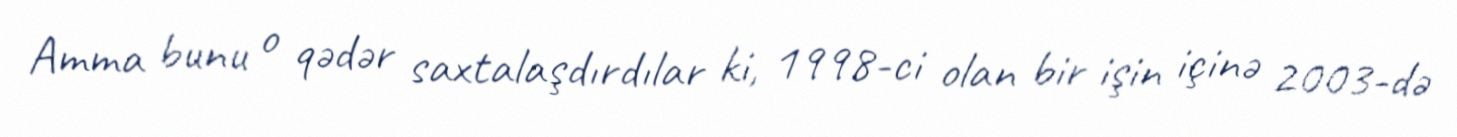
Amma bunu o qədər saxtalaşdırdılar ki, 1998-ci olan bir işin içinə 2003-də